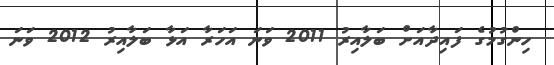
ހިންގުމުގެ ފައިދާއަށް ބަލާއިރު 2011 ވަނަ އަހަރާ އަޅާ ބަލާއިރު 2012 ވަނަ